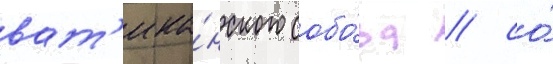
ват'ика́нского собо́ра / со́